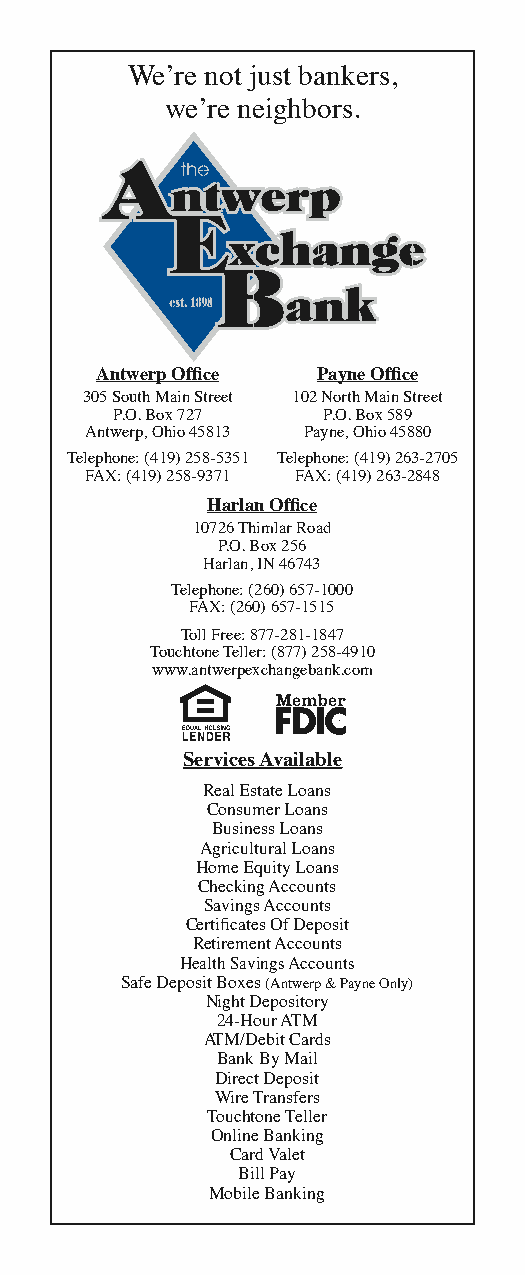
We’re not just bankers,
 we’re neighbors.
 Antwerp Office Payne Office
 305 South Main Street 102 North Main Street
 P.O. Box 727 P.O. Box 589
 Antwerp, Ohio 45813 Payne, Ohio 45880
 Telephone: (419) 258-5351 Telephone: (419) 263-2705
 FAX: (419) 258-9371 FAX: (419) 263-2848
 Harlan Office
 10726 Thimlar Road
 P.O. Box 256
 Harlan, IN 46743
 Telephone: (260) 657-1000
 FAX: (260) 657-1515
 Toll Free: 877-281-1847
 Touchtone Teller: (877) 258-4910
 www.antwerpexchangebank.com
 Services Available
 Real Estate Loans
 Consumer Loans
 Business Loans
 Agricultural Loans
 Home Equity Loans
 Checking Accounts
 Savings Accounts
 Certificates Of Deposit
 Retirement Accounts
 Health Savings Accounts
 Safe Deposit Boxes (Antwerp & Payne Only)
 Night Depository
 24-Hour ATM
 ATM/Debit Cards
 Bank By Mail
 Direct Deposit
 Wire Transfers
 Touchtone Teller
 Online Banking
 Card Valet
 Bill Pay
 Mobile Banking